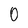
Character: 0